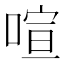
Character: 喧